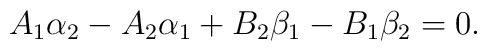
A_1\alpha_2-A_2 \alpha_1+B_2\beta_1-B_1\beta_2=0.